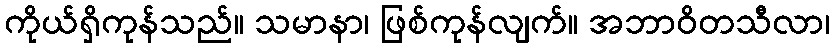
ကိုယ်ရှိကုန်သည်။ သမာနာ၊ ဖြစ်ကုန်လျက်။ အဘာဝိတသီလာ၊